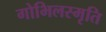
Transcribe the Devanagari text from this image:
गोभिलस्मृति